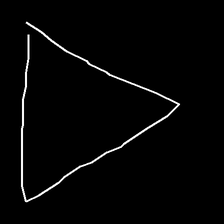
Glyph: convergence